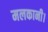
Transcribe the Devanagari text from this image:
मलकानी।